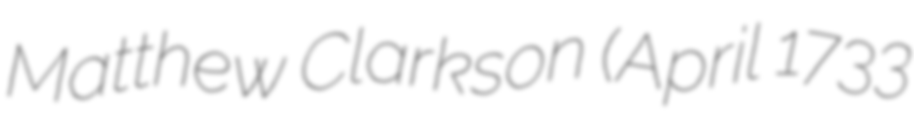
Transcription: Matthew Clarkson (April 1733